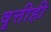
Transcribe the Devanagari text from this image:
वृत्तीही